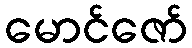
မောင်ဇော်